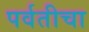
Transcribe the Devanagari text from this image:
पर्वतीचा